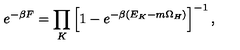
e ^ { - \beta F } = \prod _ { K } \left[ 1 - e ^ { - \beta ( E _ { K } - m \Omega _ { H } ) } \right] ^ { - 1 } ,